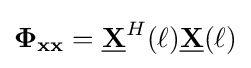
\mathbf {\Phi } _{\mathbf {xx} }={\underline {\mathbf {X} }}^{H}(\ell ){\underline {\mathbf {X} }}(\ell )